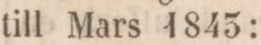
till Mars 1845: